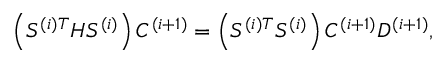
\left( S ^ { ( i ) T } H S ^ { ( i ) } \right) C ^ { ( i + 1 ) } = \left( S ^ { ( i ) T } S ^ { ( i ) } \right) C ^ { ( i + 1 ) } D ^ { ( i + 1 ) } ,